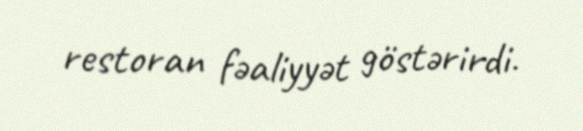
restoran fəaliyyət göstərirdi.